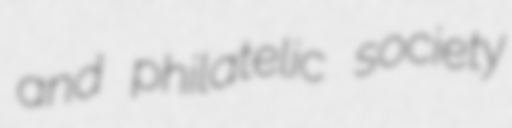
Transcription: and philatelic society